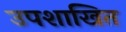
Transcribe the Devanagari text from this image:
उपशाखित